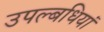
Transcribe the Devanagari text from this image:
उपल्बधियां